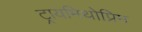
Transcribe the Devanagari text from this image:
ट्रायमिथोप्रिम